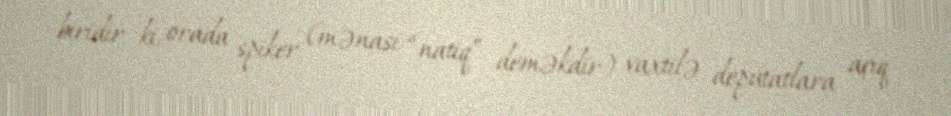
biridir ki, orada spiker (mənası “natiq” deməkdir) vaxtilə deputatlara açıq